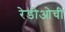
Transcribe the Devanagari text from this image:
रेडीओची